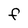
Character: F